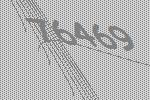
76469